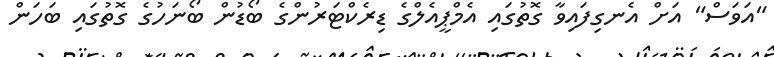
"އަވަސް" އަށް އެނގިފައިވާ ގޮތުގައި އެމްޕީއެލްގެ ޑިރެކްޓަރުންގެ ބޯޑުން ބޯނަހުގެ ގޮތުގައި ބަހަން